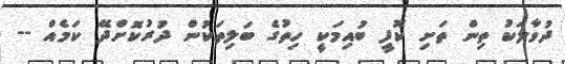
ދުވާލަކު ތިން ތަށި ކޮފީ ބުއިމަކީ ހިތުގެ ބަލިތަކުން ދުރުކޮށްދޭ ކަމެއް --